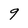
Character: g